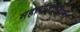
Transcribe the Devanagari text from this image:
महाराजास्‍वामी